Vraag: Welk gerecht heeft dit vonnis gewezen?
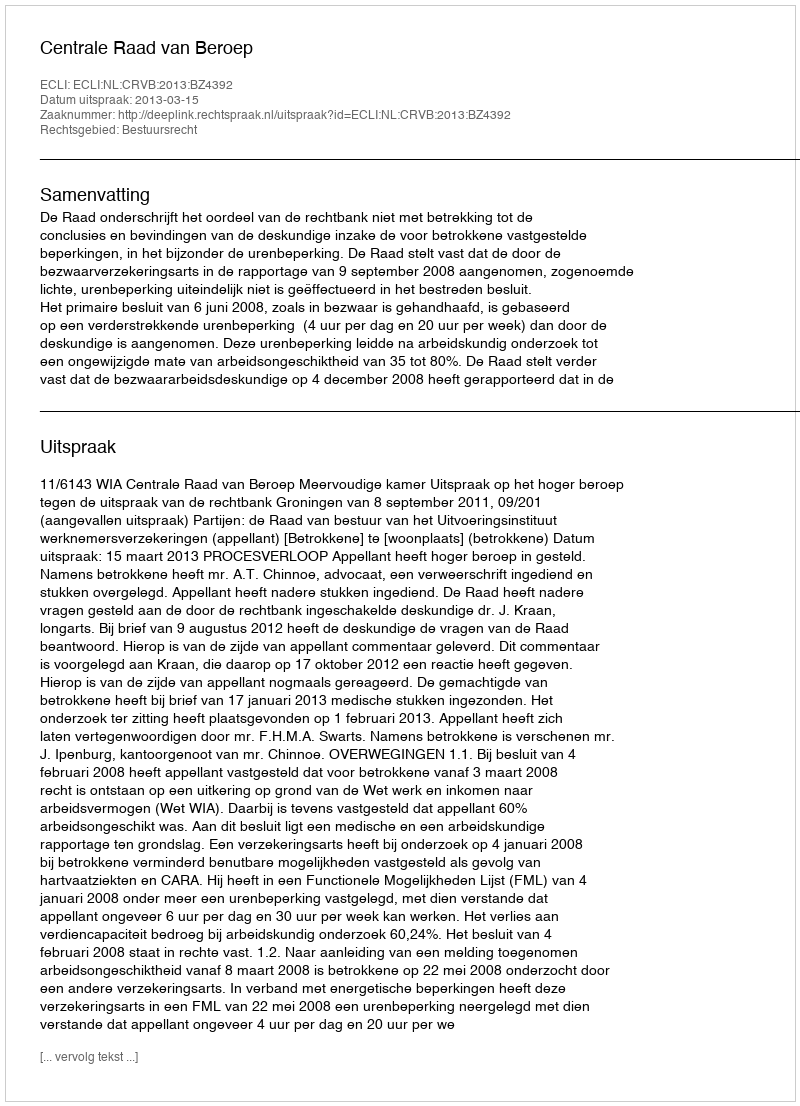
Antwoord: Centrale Raad van Beroep